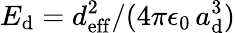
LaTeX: E_{\mathrm{d}}=d_{\mathrm{eff}}^{2}/(4\pi\epsilon_{0}\, a_{\mathrm{d}}^{3})